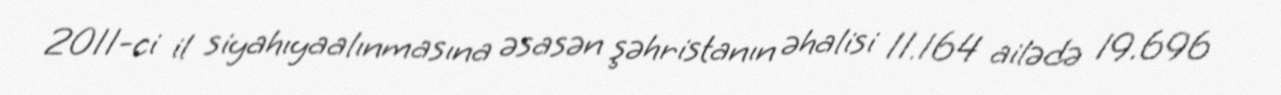
2011-ci il siyahıyaalınmasına əsasən şəhristanın əhalisi 11.164 ailədə 19.696